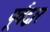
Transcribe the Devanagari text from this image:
पूर्वद्वार